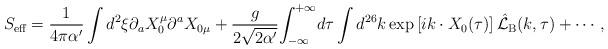
LaTeX: \begin{align*}{S_{\mbox{\scriptsize eff}}}={1\over{4\pi\alpha'}}\int{d^2}\xi{\partial_a}{X_0^\mu}{\partial^a}{X_{0\mu}}+{g\over{2\sqrt{2\alpha'}}}{\int_{-\infty}^{+\infty}}d\tau\int{d^{26}}k\exp\left[ik\cdot{X_0}(\tau)\right]{\hat{\mathcal{L}}_{\mbox{\scriptsize B}}}(k,\tau)+\cdots,\end{align*}